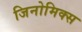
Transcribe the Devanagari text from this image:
जिनोमिक्स